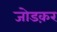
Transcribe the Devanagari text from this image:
जोडक़र